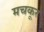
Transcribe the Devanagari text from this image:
मचकूर